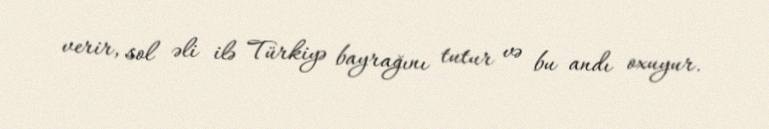
verir, sol əli ilə Türkiyə bayrağını tutur və bu andı oxuyur.